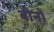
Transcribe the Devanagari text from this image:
बीनों